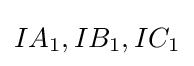
IA_{1},IB_{1},IC_{1}